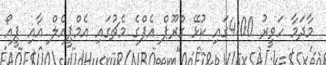
މާދަމާ ހަވީރު 4:00ގައި ކުޅޭ ގްރޫޕް އެފްގެ މެޗުގައި އެމްޕީއެލް އާއި ޕީއޯ